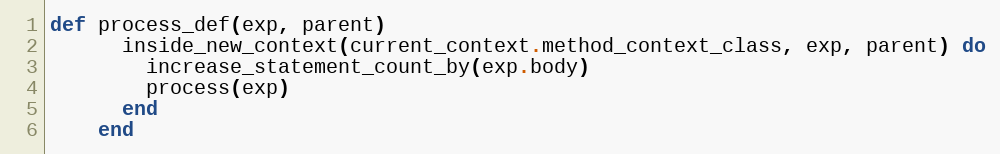
Language: Ruby
def process_def(exp, parent)
      inside_new_context(current_context.method_context_class, exp, parent) do
        increase_statement_count_by(exp.body)
        process(exp)
      end
    end